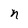
Character: n